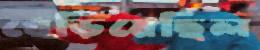
ধেড়িয়েছিল